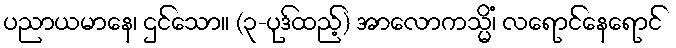
ပညာယမာနေ၊ ဌင်သော။ (၃-ပုဒ်ထည့်) အာလောကသ္မိံ၊ လရောင်နေရောင်